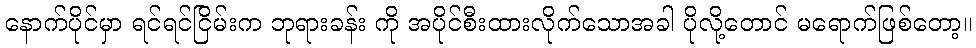
နောက်ပိုင်မှာ ရင်ရင်ငြိမ်းက ဘုရားခန်း ကို အပိုင်စီးထားလိုက်သောအခါ ပိုလို့တောင် မရောက်ဖြစ်တော့။